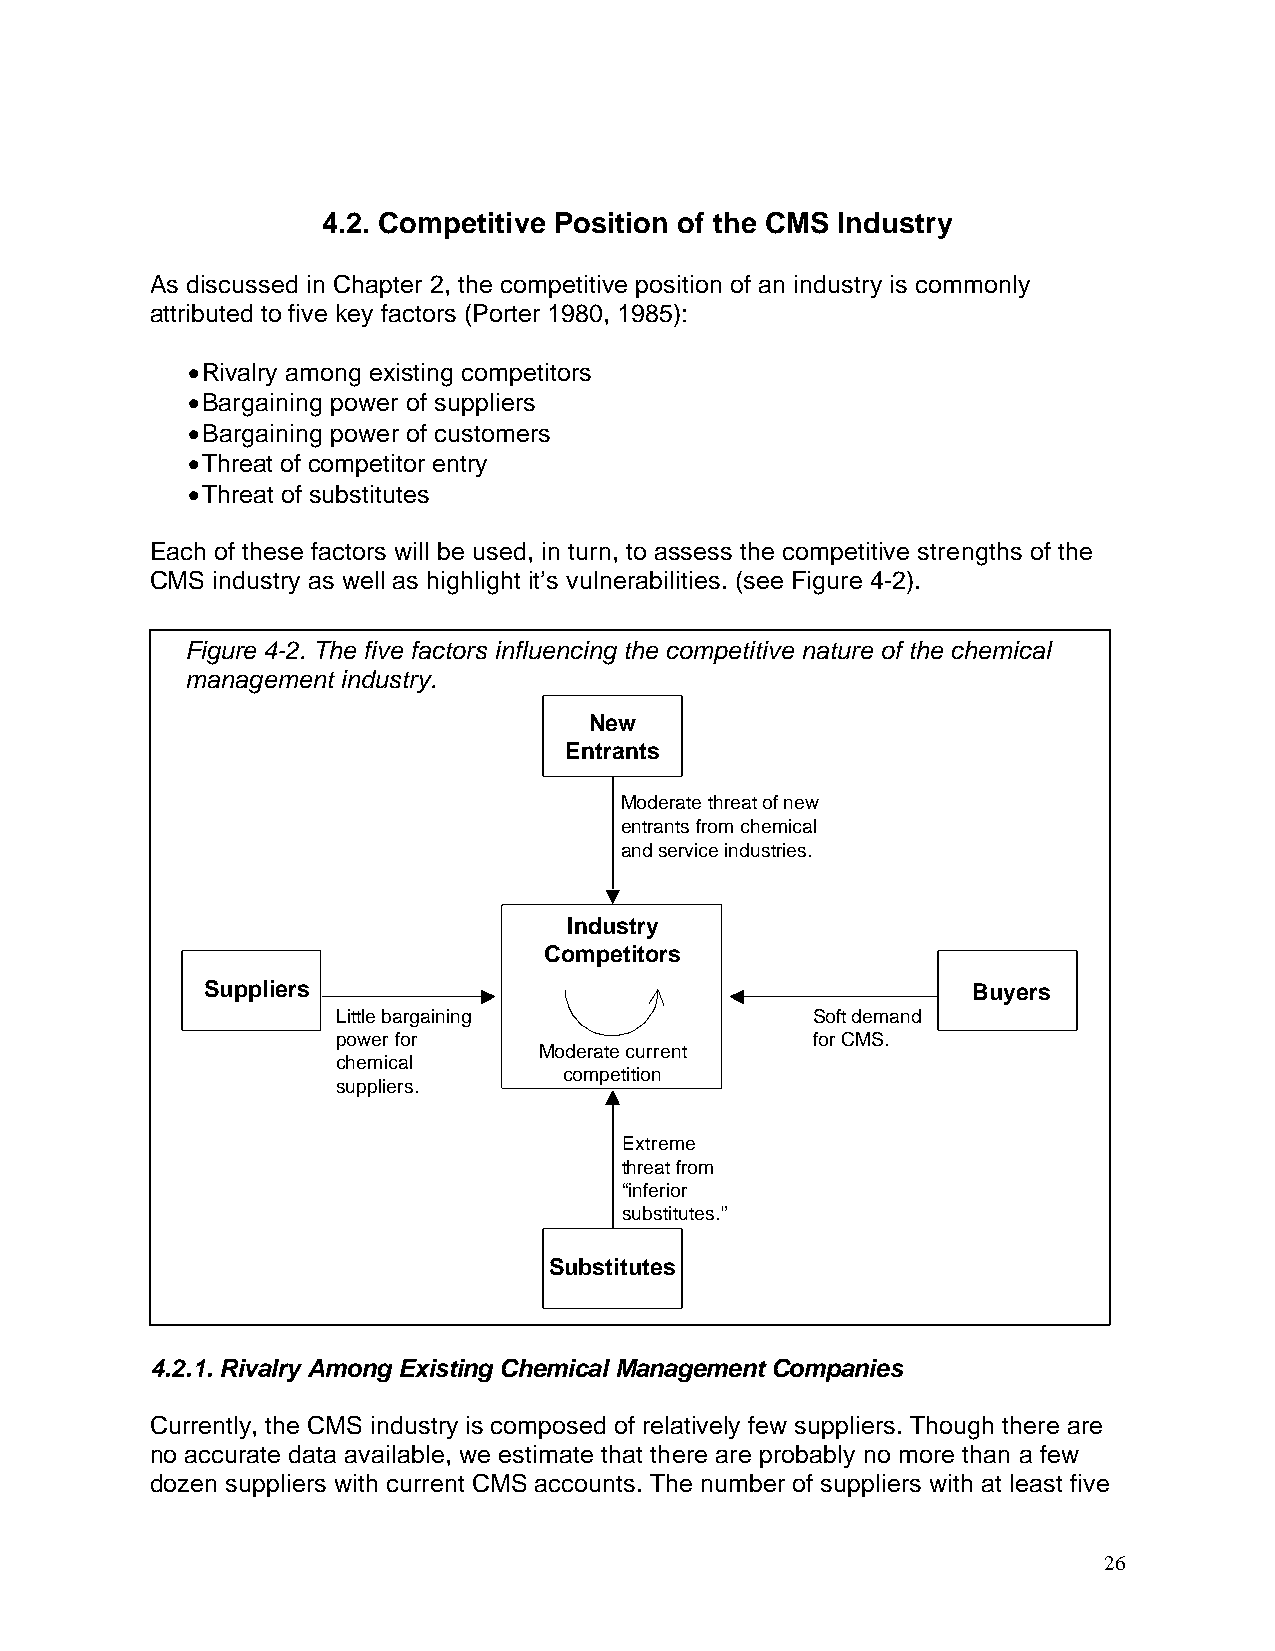
4.2. Competitive Position of the CMS Industry
 As discussed in Chapter 2, the competitive position of an industry is commonly
 attributed to five key factors (Porter 1980, 1985):
 • Rivalry among existing competitors
 • Bargaining power of suppliers
 • Bargaining power of customers
 • Threat of competitor entry
 • Threat of substitutes
 Each of these factors will be used, in turn, to assess the competitive strengths of the
 CMS industry as well as highlight it’s vulnerabilities. (see Figure 4-2).
 Figure 4-2. The five factors influencing the competitive nature of the chemical
 management industry.
 New
 Entrants
 Moderate threat of new
 entrants from chemical
 and service industries.
 Industry
 Competitors
 Suppliers                                         Buyers
 Little bargaining               Soft demand
 power for                       for CMS.
 Moderate current
 chemical
 competition
 suppliers.
 Extreme
 threat from
 “inferior
 substitutes.”
 Substitutes
 4.2.1. Rivalry Among Existing Chemical Management Companies
 Currently, the CMS industry is composed of relatively few suppliers. Though there are
 no accurate data available, we estimate that there are probably no more than a few
 dozen suppliers with current CMS accounts. The number of suppliers with at least five
 26